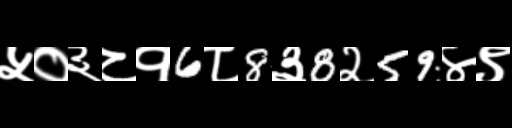
Text: ५०३८१6८8३8२59४९